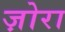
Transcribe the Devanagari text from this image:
ज़ोरा